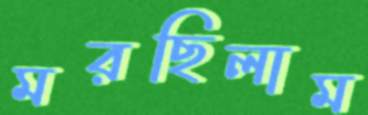
মরছিলাম